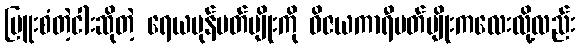
မြူးစံတဲ့ငါးဆိုတဲ့ ရေယမုန်ပတ်ပျိုးကို ဝိဇယကာရီပတ်ပျိုးကလေးလို့လည်း